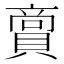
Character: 𮚘